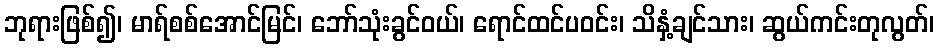
ဘုရားဖြစ်၍၊ မာရ်စစ်အောင်မြင်၊ ဘော်သုံးခွင်ဝယ်၊ ရောင်ထင်ပဝင်း၊ သိနှံ့ချင်သား၊ ဆွယ်ကင်းတုလွတ်၊